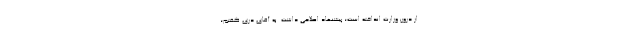
از درون وزارت انداخته است؛ پیشنهاد اصلاحى داشت. به آقاى درى گفتم؛